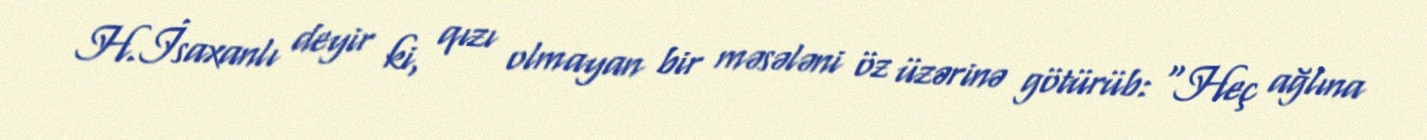
H.İsaxanlı deyir ki, qızı olmayan bir məsələni öz üzərinə götürüb: “Heç ağlına